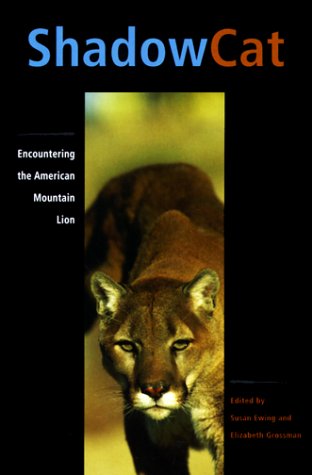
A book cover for Shadow Cat: Encountering the American Mountain Lion; Sports & Outdoors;